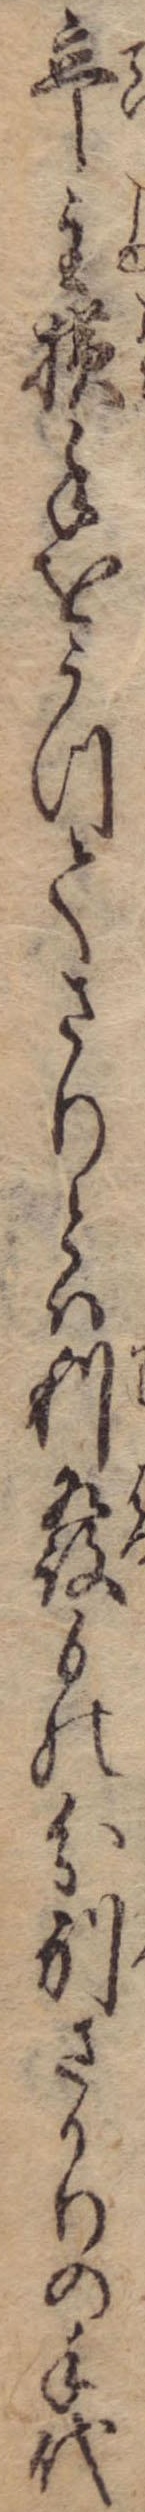
亭主横手をうつてさりとは利発もの分別ざかりの手代